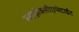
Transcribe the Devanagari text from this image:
हाइड्रोक्सीएपेटाईट